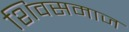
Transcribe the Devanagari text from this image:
शिवसमाज